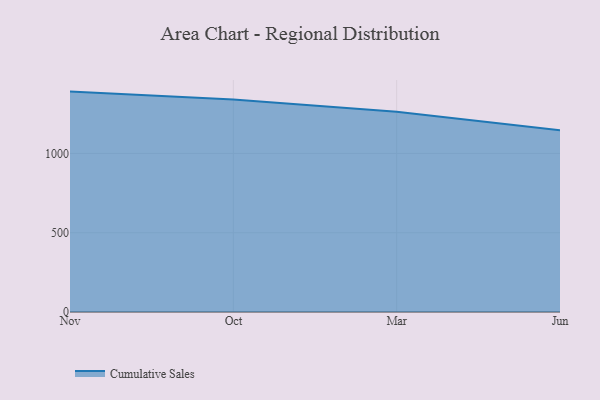
{"axis": {"x": "Month", "y": "Headcount"}, "legend": ["Cumulative Sales"], "data": [{"x": "Nov", "y": 1390.3, "type": "Cumulative Sales"}, {"x": "Oct", "y": 1340.0, "type": "Cumulative Sales"}, {"x": "Mar", "y": 1263.6, "type": "Cumulative Sales"}, {"x": "Jun", "y": 1146.8, "type": "Cumulative Sales"}]}